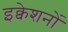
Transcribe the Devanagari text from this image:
इक्वेशनों